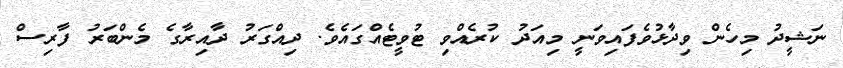
ނަޝީދު މިހެން ވިދާޅުވެފައިވަނީ މިއަދު ކުރެއްވި ޓުވީޓެއްގައެވެ. ދިއްގަރު ދާއިރާގެ މެންބަރު ފާރިސް